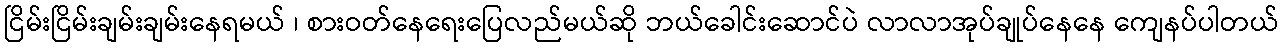
ငြိမ်းငြိမ်းချမ်းချမ်းနေရမယ် ၊ စားဝတ်နေရေးပြေလည်မယ်ဆို ဘယ်ခေါင်းဆောင်ပဲ လာလာအုပ်ချုပ်နေနေ ကျေနပ်ပါတယ်